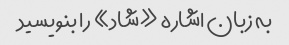
به زبان اشاره «شاد» را بنویسید